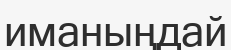
иманыңдай